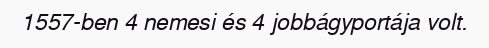
1557-ben 4 nemesi és 4 jobbágyportája volt.